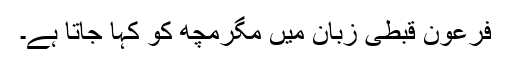
فرعون قبطی زبان میں مگرمچھ کو کہا جاتا ہے۔